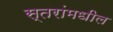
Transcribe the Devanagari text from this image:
स्तरांमधील